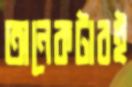
অনেকটারই